Some observations on the poison of Russell's viper (Daboia russellii) - Number 3
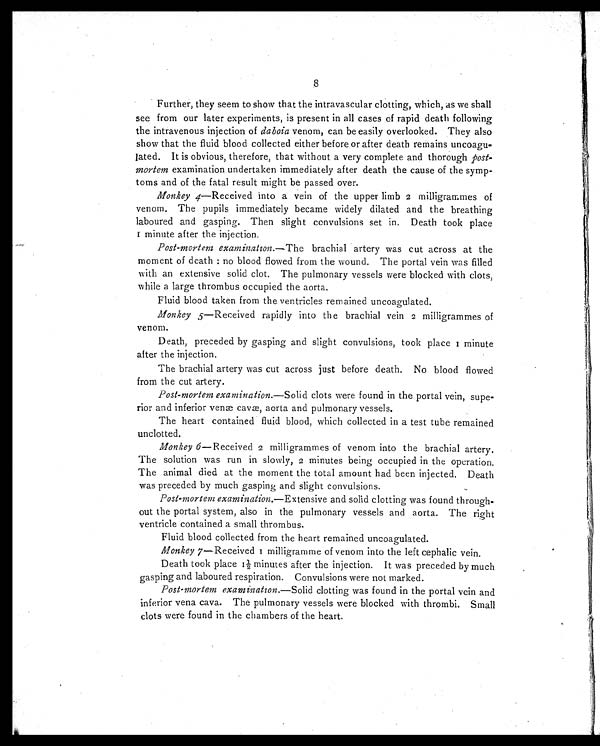
8
Further, they seem to show that the intravascular clotting, which, as we shall
see from our later experiments, is present in all cases of rapid death following
the intravenous injection of daboia venom, can be easily overlooked. They also
show that the fluid blood collected either before or after death remains uncoagu-
lated. It is obvious, therefore, that without a very complete and thorough post
-mortem examination undertaken immediately after death the cause of the symp-
toms and of the fatal result might be passed over.
Monkey 4—Received into a vein of the upper limb 2 milligrammes of
venom. The pupils immediately became widely dilated and the breathing
laboured and gasping. Then slight convulsions set in. Death took place
minute after the injection.
Post-mortem examination. —The brachial artery was cut across at the
moment of death : no blood flowed from the wound. The portal vein was filled
with an extensive solid clot. The pulmonary vessels were blocked with clots,
while a large thrombus occupied the aorta.
Fluid blood taken from the ventricles remained uncoagulated.
Monkey 5—Received rapidly into the brachial vein 2 milligrammes of
venom.
Death, preceded by gasping and slight convulsions, took place 1 minute
after the injection.
The brachial artery was cut across just before death. No blood flowed
from the cut artery.
Post-mortem examination.— Solid clots were found in the portal vein, supe-
rior and inferior venom cavæ, aorta and pulmonary vessels.
The heart contained fluid blood, which collected in a test tube remained
unclotted.
Monkey 6 —Received 2 milligrammes of venom into the brachial artery.
The solution was run in slowly, 2 minutes being occupied in the operation,
The animal died at the moment the total amount had been injected. Death
was preceded by much gasping and slight convulsions.
Post-mortem examination. —Extensive and solid clotting was found through-
out the portal system, also in the pulmonary vessels and aorta. The right
ventricle contained a small thrombus.
Fluid blood collected from the heart remained uncoagulated.
Monkey 7 —Received 1 milligramme of venom into the left cephalic vein.
Death took place 1½ minutes after the injection. It was preceded by much
gasping and laboured respiration. Convulsions were not marked.
Post-mortem examination. —Solid clotting was found in the portal vein and
inferior vena cava. The pulmonary vessels were blocked with thrombi. Small
clots were found in the chambers of the heart.